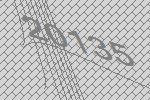
20135